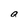
Character: a